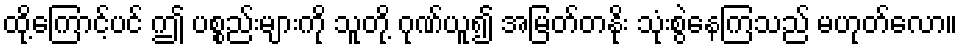
ထို့ကြောင့်ပင် ဤ ပစ္စည်းများကို သူတို့ ဂုဏ်ယူ၍ အမြတ်တနိုး သုံးစွဲနေကြသည် မဟုတ်လော။